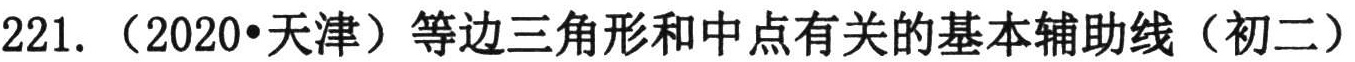
221. （2020•天津）等边三角形和中点有关的基本辅助线（初二）